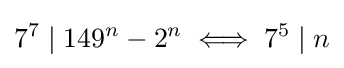
7^{7}\mid 149^{n}-2^{n}\iff 7^{5}\mid n